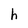
Character: h